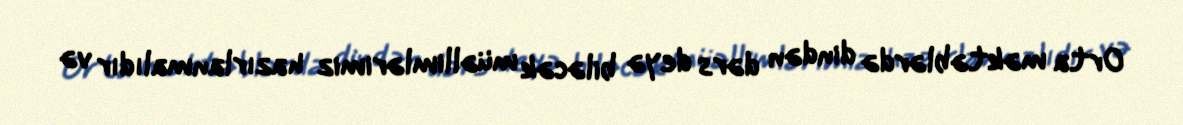
Orta məktəblərdə dindən dərs deyə biləcək müəllimlərimiz hazırlanmalıdır və